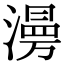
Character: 澷